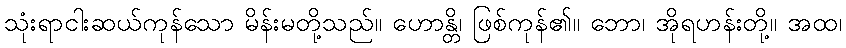
သုံးရာငါးဆယ်ကုန်သော မိန်းမတို့သည်။ ဟောန္တိ၊ ဖြစ်ကုန်၏။ ဘော၊ အိုရဟန်းတို့။ အထ၊